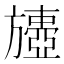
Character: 𣄟